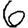
Digit: 6